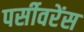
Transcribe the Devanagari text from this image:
पर्सीवरेंस